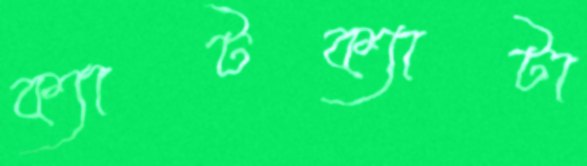
ক্যাটক্যাটা